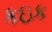
કઇક